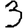
Digit: 3